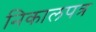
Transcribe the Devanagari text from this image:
निकालपत्र